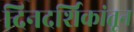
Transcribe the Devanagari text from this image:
दिनदर्शिकांतून